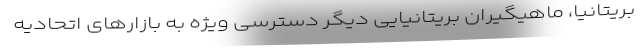
بریتانیا، ماهیگیران بریتانیایی دیگر دسترسی ویژه به بازارهای اتحادیه